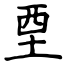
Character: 垔